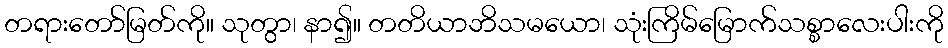
တရားတော်မြတ်ကို။ သုတွာ၊ နာ၍။ တတိယာဘိသမယော၊ သုံးကြိမ်မြောက်သစ္စာလေးပါးကို